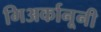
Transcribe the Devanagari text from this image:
गिअर्कानूनी